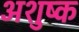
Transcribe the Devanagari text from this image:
अशुष्क